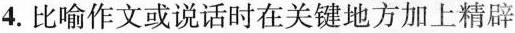
4.比喻作文或说话时在关键地方加上精辟